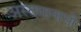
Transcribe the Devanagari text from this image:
अस्तमानासी